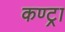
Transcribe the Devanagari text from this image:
कण्ट्रा